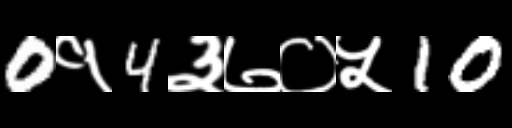
Text: 0१4३७०५10